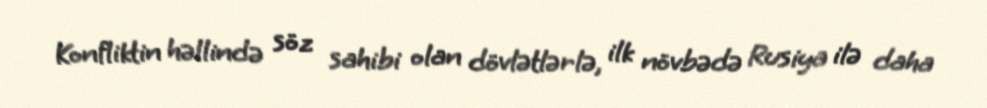
Konfliktin həllində söz sahibi olan dövlətlərlə, ilk növbədə Rusiya ilə daha